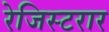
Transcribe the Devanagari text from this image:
रेजिस्टरार